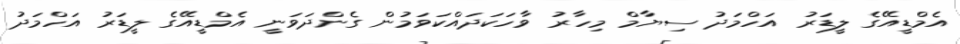
އެމްޑީއޭގެ ލީޑަރު އަހްމަދު ސިޔާމް މިހާރު ވާހަކަދައްކަވަމުން ގެންދަވަނީ އެމްޑީއޭގެ ލީޑަރު އަހްމަދު